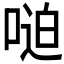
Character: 𫪼